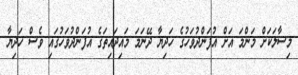
މިސާލަކަށް މަންމަ އަށް އުފަންދުވަހުގެ ހަދިޔާ ދޭނަމަ މައިދައިތަގެ އުފަންދުވަހުގައި ވެސް ހަދިޔާ